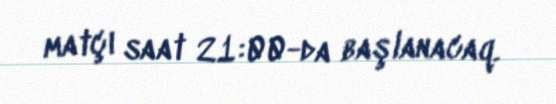
matçı saat 21:00-da başlanacaq.